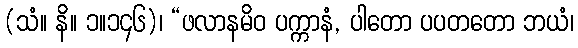
(သံ။ နိ။ ၁။၁၄၆)၊ “ဖလာနမိဝ ပက္ကာနံ, ပါတော ပပတတော ဘယံ၊